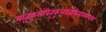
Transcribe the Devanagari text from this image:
मातृकुलंपितृकुलंवर्जयित्वानराधमः